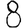
Digit: 8